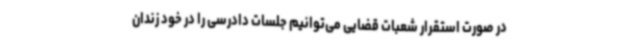
در صورت استقرار شعبات قضایی می‌توانیم جلسات دادرسی را در خود زندان